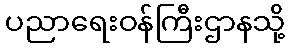
ပညာရေးဝန်ကြီးဌာနသို့